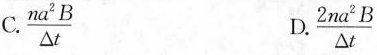
C.\frac{na^{2}B}{\Delta t} D.\frac{2na^{2}B}{\Delta t}